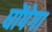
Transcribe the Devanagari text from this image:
घोंपेगा